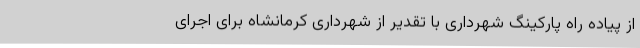
از پیاده راه پارکینگ‌ شهرداری با تقدیر از شهرداری کرمانشاه برای اجرای